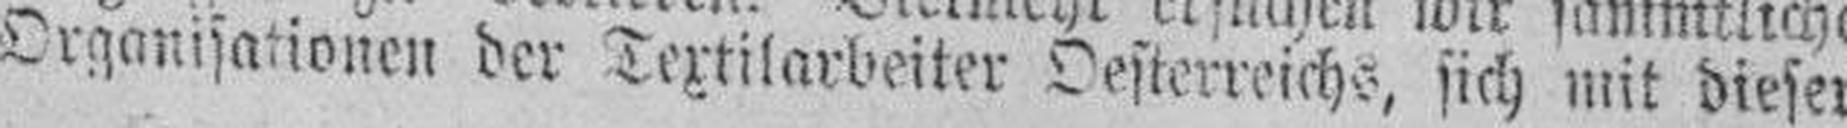
Organisationen der Textilarbeiter Oesterreichs, sich mit dieser